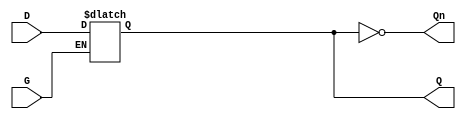
module dual_input_gated_latch (
    input wire D,      // Data Input
    input wire G,      // Gate Input
    output reg Q,      // Output
    output wire Qn     // Complement Output
);

// Complement output
assign Qn = ~Q;

// Always block to implement the gated latch behavior
always @ (G or D) begin
    if (G) begin
        Q <= D;  // Capture the value of D when G is high
    end
    // When G is low, Q retains its previous state
end

endmodule